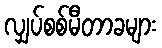
လျှပ်စစ်မီတာခများ